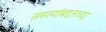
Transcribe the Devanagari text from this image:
समस्यांबद्दलच्या